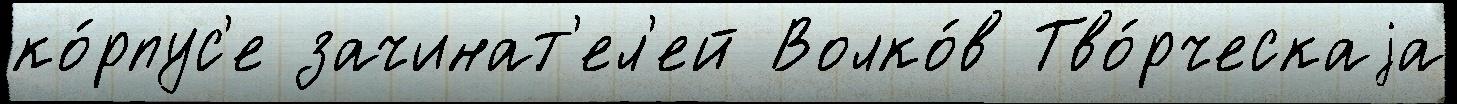
ко́рпус'е зачинат'ел'ей Волко́в Тво́рческаjа